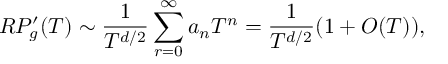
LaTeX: R P _ { g } ^ { \prime } ( T ) \sim \frac { 1 } { T ^ { d / 2 } } \sum _ { r = 0 } ^ { \infty } a _ { n } T ^ { n } = \frac { 1 } { T ^ { d / 2 } } ( 1 + O ( T ) ) ,